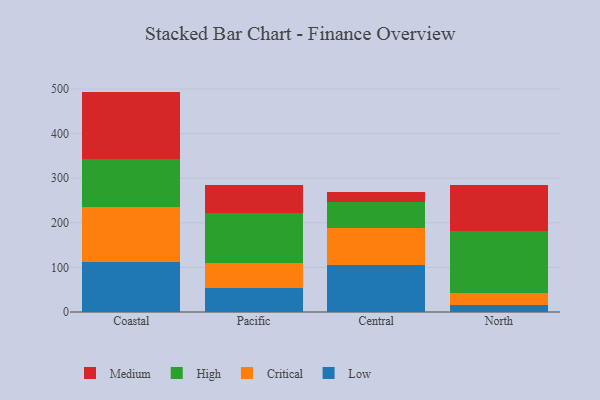
{"axis": {"x": "Region", "y": "Operating Costs (USD K)"}, "legend": ["Critical", "High", "Low", "Medium"], "data": [{"x": "Coastal", "y": 113.0, "type": "Low"}, {"x": "Coastal", "y": 122.4, "type": "Critical"}, {"x": "Coastal", "y": 107.6, "type": "High"}, {"x": "Coastal", "y": 151.3, "type": "Medium"}, {"x": "Pacific", "y": 54.8, "type": "Low"}, {"x": "Pacific", "y": 55.8, "type": "Critical"}, {"x": "Pacific", "y": 111.1, "type": "High"}, {"x": "Pacific", "y": 62.6, "type": "Medium"}, {"x": "Central", "y": 106.5, "type": "Low"}, {"x": "Central", "y": 81.6, "type": "Critical"}, {"x": "Central", "y": 58.1, "type": "High"}, {"x": "Central", "y": 23.2, "type": "Medium"}, {"x": "North", "y": 14.8, "type": "Low"}, {"x": "North", "y": 28.9, "type": "Critical"}, {"x": "North", "y": 139.0, "type": "High"}, {"x": "North", "y": 102.8, "type": "Medium"}]}